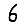
Digit: 6